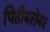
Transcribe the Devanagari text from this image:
पिढीबरोबर